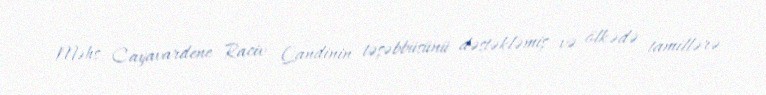
Məhs Cayavardene Raciv Qandinin təşəbbüsünü dəstəkləmiş və ölkədə tamillərə